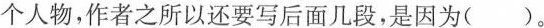
个人物，作者之所以还要写后面几段，是因为( )。